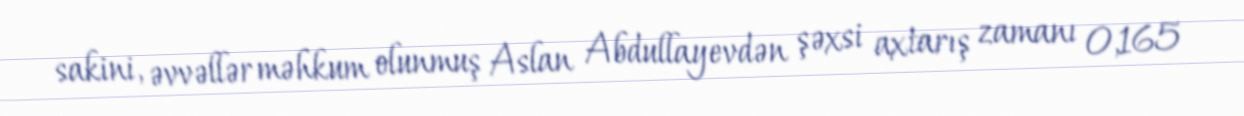
sakini, əvvəllər məhkum olunmuş Aslan Abdullayevdən şəxsi axtarış zamanı 0,165